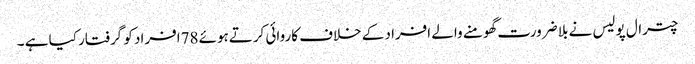
چترال پولیس نے بلا ضرورت گھومنے والے افراد کے خلاف کاروائی کرتےہوئے 78افراد کو گرفتار کیا ہے ۔